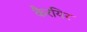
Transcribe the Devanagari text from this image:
कैरयिर